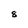
Character: 8